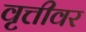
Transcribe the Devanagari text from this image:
वृत्तीवर